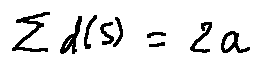
\sum d ( s ) = 2 a